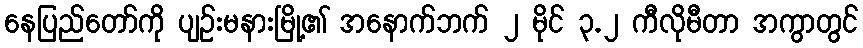
နေပြည်တော်ကို ပျဉ်းမနားမြို့၏ အနောက်ဘက် ၂ မိုင် ၃.၂ ကီလိုမီတာ အကွာတွင်